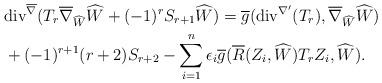
LaTeX: \begin{align*} &\mathrm{div}^{\overline{\nabla}}(T_{r}\overline{\nabla}_{\widehat{W}}\widehat{W}+(-1)^{r}S_{r+1}\widehat{W})=\overline{g}( \mathrm{div}^{\nabla'}(T_{r}),\overline{\nabla}_{\widehat{W}}\widehat{W})\\ &+(-1)^{r+1}(r+2)S_{r+2}-\sum_{i=1}^{n}\epsilon_{i}\overline{g}(\overline{R}(Z_{i},\widehat{W})T_{r}Z_{i},\widehat{W}). \end{align*}